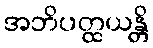
အဘိပတ္ထယန္တိ